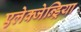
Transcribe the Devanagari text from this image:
एलेक्जेन्ड्रिया